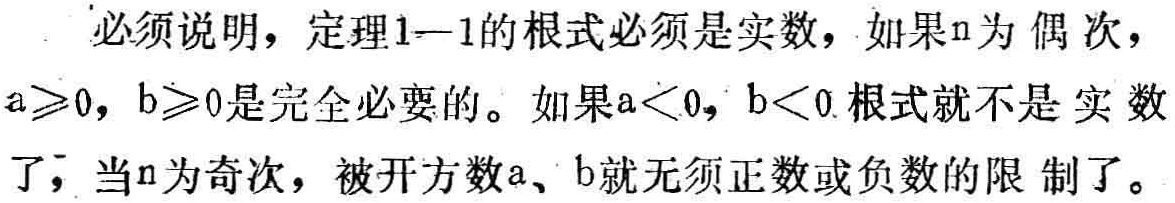
必须说明，定理1—1的根式必须是实数，如果\(n\)为偶次，\(a\geqslant0\)，\(b\geqslant0\)是完全必要的。如果\(a < 0\)，\(b < 0\)根式就不是实数了，当\(n\)为奇次，被开方数\(a\)、\(b\)就无须正数或负数的限制了。